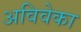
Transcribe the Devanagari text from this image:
अविवेका